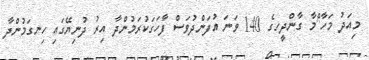
މިއަދު މަހާ^ްމާ ގާންދީހގެ 140 ވަނަ އުފަންދުވަސް ފާހަގަކުރަމުންދާ އިރު ދުނިޔޭގައި ހިނގަމުންދާ